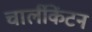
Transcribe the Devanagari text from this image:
चार्लीकेंटन